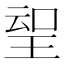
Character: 𱯀